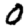
Digit: 0